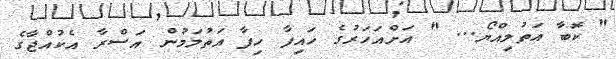
" ކޮބާ އަތުލިއްޔޯ... " އަށްއަހަރުގެ ހައިފާ ހިފާ އަތުލަމުން އަސްރާ އެކުއްޖާގެ